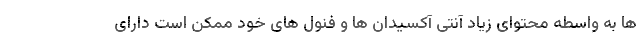
ها به واسطه محتوای زیاد آنتی آکسیدان ها و فنول های خود ممکن است دارای